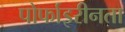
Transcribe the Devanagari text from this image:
पोर्फाइरीनता